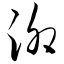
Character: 泖